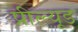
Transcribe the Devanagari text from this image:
प्रील्यूड